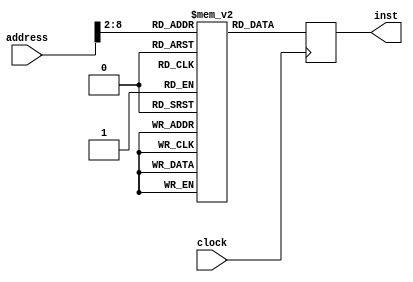
module InstMem(clock, address, inst);

	input clock;
	input [31:0] address;
	
	output reg [31:0]	inst;
	
	reg [31:0] Mem [0:127];
	
	initial begin
		Mem[0] = 32'h00221820; //add: R3, R1, R2
		Mem[1] = 32'hAC010000; //sw: R1, 0(R0)
		Mem[2] = 32'h8C240000; //lw R4, 0(R1)
		Mem[3] = 32'h10210001; //beq R1, R1, 1
		Mem[4] = 32'h00001820; //add R3, R0, R0
		Mem[5] = 32'h00e84828; //floating point addition R9,R7,R8
	end
	
	always @( posedge clock) begin
		inst <= Mem[address[31:2]];
	end
endmodule